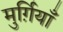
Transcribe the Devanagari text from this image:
मुर्ग़ियाँ